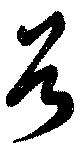
兮